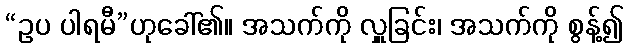
“ဥပ ပါရမီ”ဟုခေါ်၏။ အသက်ကို လှူခြင်း၊ အသက်ကို စွန့်၍